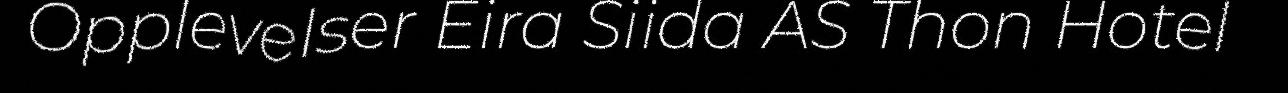
Opplevelser Eira Siida AS Thon Hotel